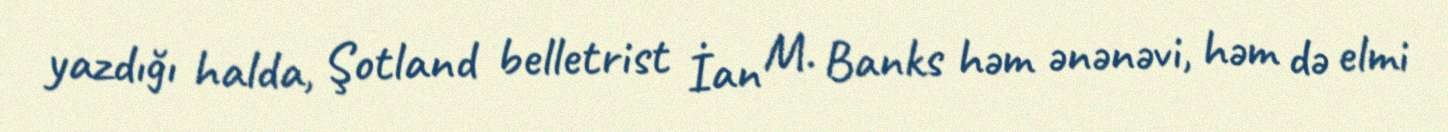
yazdığı halda, Şotland belletrist İan M. Banks həm ənənəvi, həm də elmi